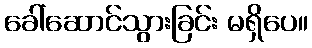
ခေါ်ဆောင်သွားခြင်း မရှိပေ။